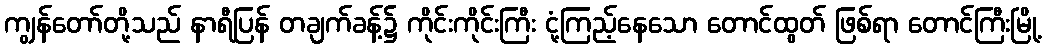
ကျွန်တော်တို့သည် နာရီပြန် တချက်ခန့်၌ ကိုင်းကိုင်းကြီး ငုံ့ကြည့်နေသော တောင်ထွတ် ဖြစ်ရာ တောင်ကြီးမြို့